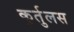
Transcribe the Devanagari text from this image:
कुर्तुलस